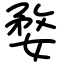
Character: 婺